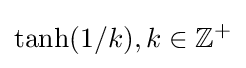
\tanh(1/k),k\in \mathbb {Z} ^{+}